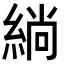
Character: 緔